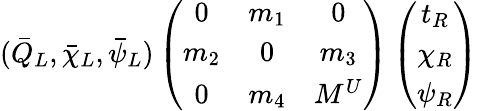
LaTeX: (\bar{Q}_{L},\bar{\chi}_{L},\bar{\psi}_{L})\left(\begin{array}{ccc}{{0}}&{{m_{1}}}&{{0}}\\ {{m_{2}}}&{{0}}&{{m_{3}}}\\ {{0}}&{{m_{4}}}&{{M^{U}}}\end{array}\right)\left(\begin{array}{c}{{t_{R}}}\\ {{\chi_{R}}}\\ {{\psi_{R}}}\end{array}\right)